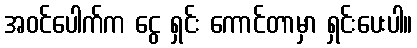
အဝင်ပေါက်က ငွေ ရှင်း ကောင်တာမှာ ရှင်းပေးပါ။